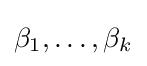
\beta _{1},\ldots ,\beta _{k}